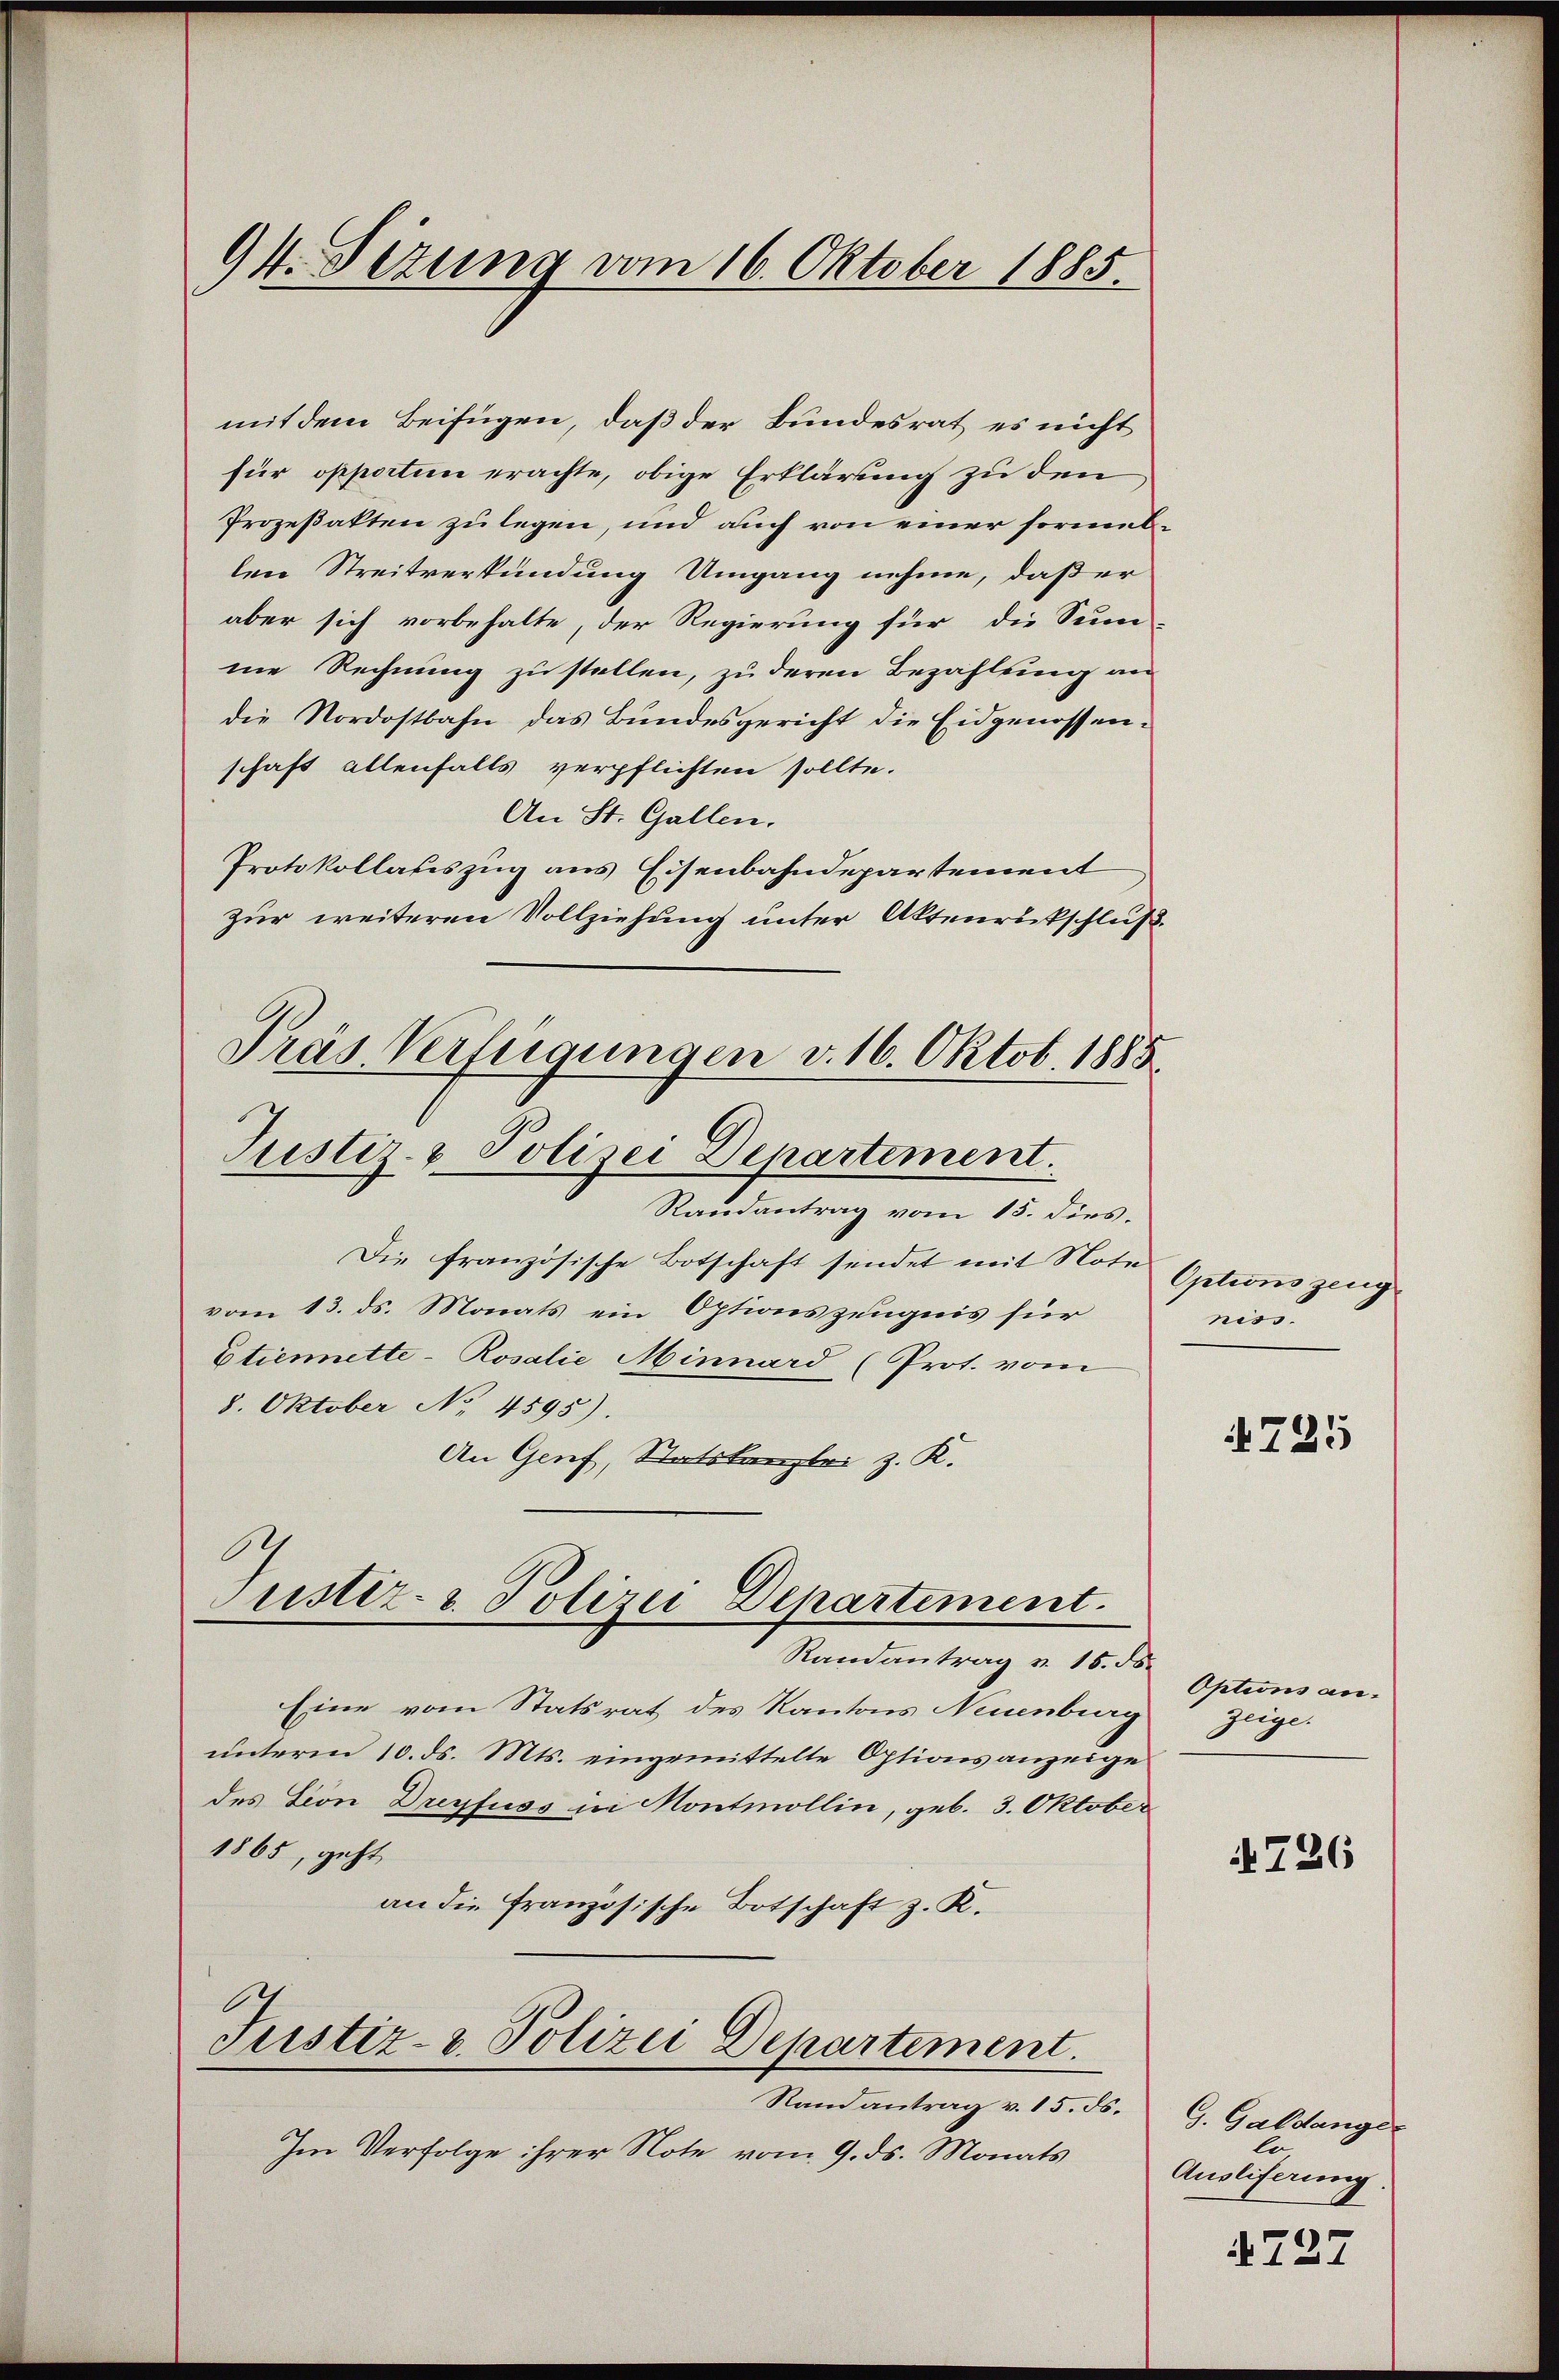
mit dem Beifügen, daß der Bundesrat es nicht
für opportin erachte, obige Erklärung zu den
Prozeßakten zu legen, und auch von einer formallen Streitverkündung Umgang nehme, daß er
aber sich vorbehalte, der Regierung für die Sum-
me Rechnung zu stellen, zu deren Bezahlung an
die Nordostbahn das Bundesgericht die Eidgenossenschaft allenfalls verpflichten sollte.
An St. Gallen.
Protokollateszug aus Eisenbahndepartement
zur weiteren Vollziehung unter Aktenrückschluß
Pras Verfügungen v. 16. Oktob. 1885.
Justiz- & Polizei Departement.
Randantrag vom 15. dies.
Die französische Botschaft sendet mit Note Optionszeugvom 13. ds. Monats ein Optionszeugnis für
Etiennette-Rosalie Minnard (Prot. vom
8. Oktober No 4595).
An Genf, Statskanzlei z. K.

94. Sizung vom 16. Oktober 1885.

Im Verfolge ihrer Note vom 9. ds. Monats

Eine vom Statsrat des Kantons Neuenburg zeige.
unterm 10. ds. Mts. eingemittelte Optionsanzeige
des Leon Dreyfuss in Montmollin, geb. 3. Oktober
1865, geht
an die Französische Botschaft z. K.

.
Justiz- & Polizei Departement.
Randantrag v. 15. ds.

Justiz- & Polizei Departement.
Randantrag v. 15. ds.

niss.

N 225

Options an¬

4726

G. Galdanger
lo
Ausliferung.

4727